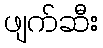
ဖျက်ဆီး